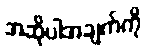
အဆိုပါအချက်ကို